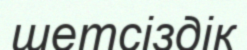
шетсіздік